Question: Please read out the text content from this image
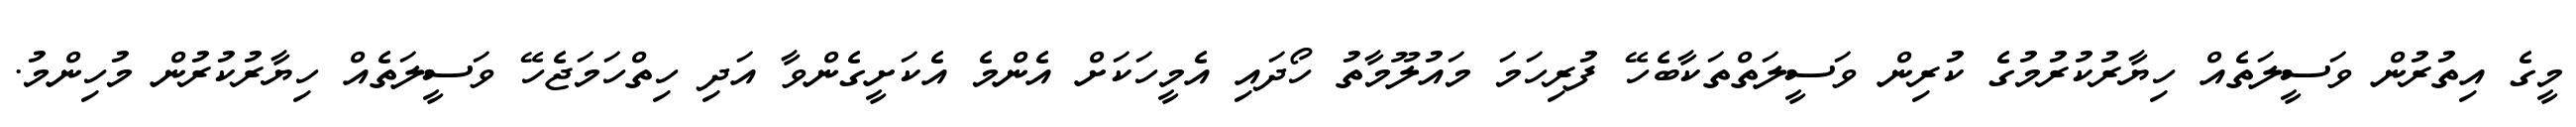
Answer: މީގެ އިތުރުން ވަސީލަތެއް ހިޔާރުކުރުމުގެ ކުރިން ވަސީލަތްތަކާބެހޭ ފުރިހަމަ މައުލޫމާތު ހޯދައި އެމީހަކަށް އެންމެ އެކަށީގެންވާ އަދި ހިތްހަމަޖެހޭ ވަސީލަތެއް ހިޔާރުކުރުން މުހިންމު.